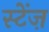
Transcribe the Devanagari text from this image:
स्टेंज़